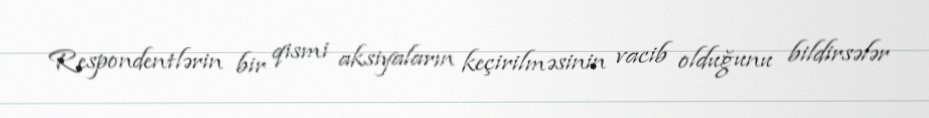
Respondentlərin bir qismi aksiyaların keçirilməsinin vacib olduğunu bildirsələr